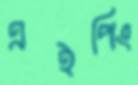
এইপিং